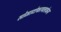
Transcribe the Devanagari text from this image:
सोमाटोफायलाकेस